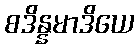
စဒိန္နမာဒိယေ